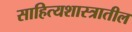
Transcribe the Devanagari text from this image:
साहित्यशास्त्रातील